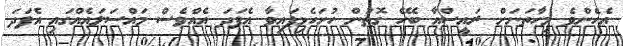
އެހެންވެ މިހާތަނަށް ރައީސްއާ ބެހޭ ގޮތުން ހުށަހެޅިފައިވާ އެފަދަ އެއްވެސް މައްސަލައެއްގައި އެފަދަ